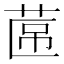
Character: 𮏕